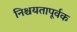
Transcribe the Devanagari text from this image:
निश्चयतापूर्वक